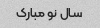
سال نو مبارک